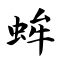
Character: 蛑